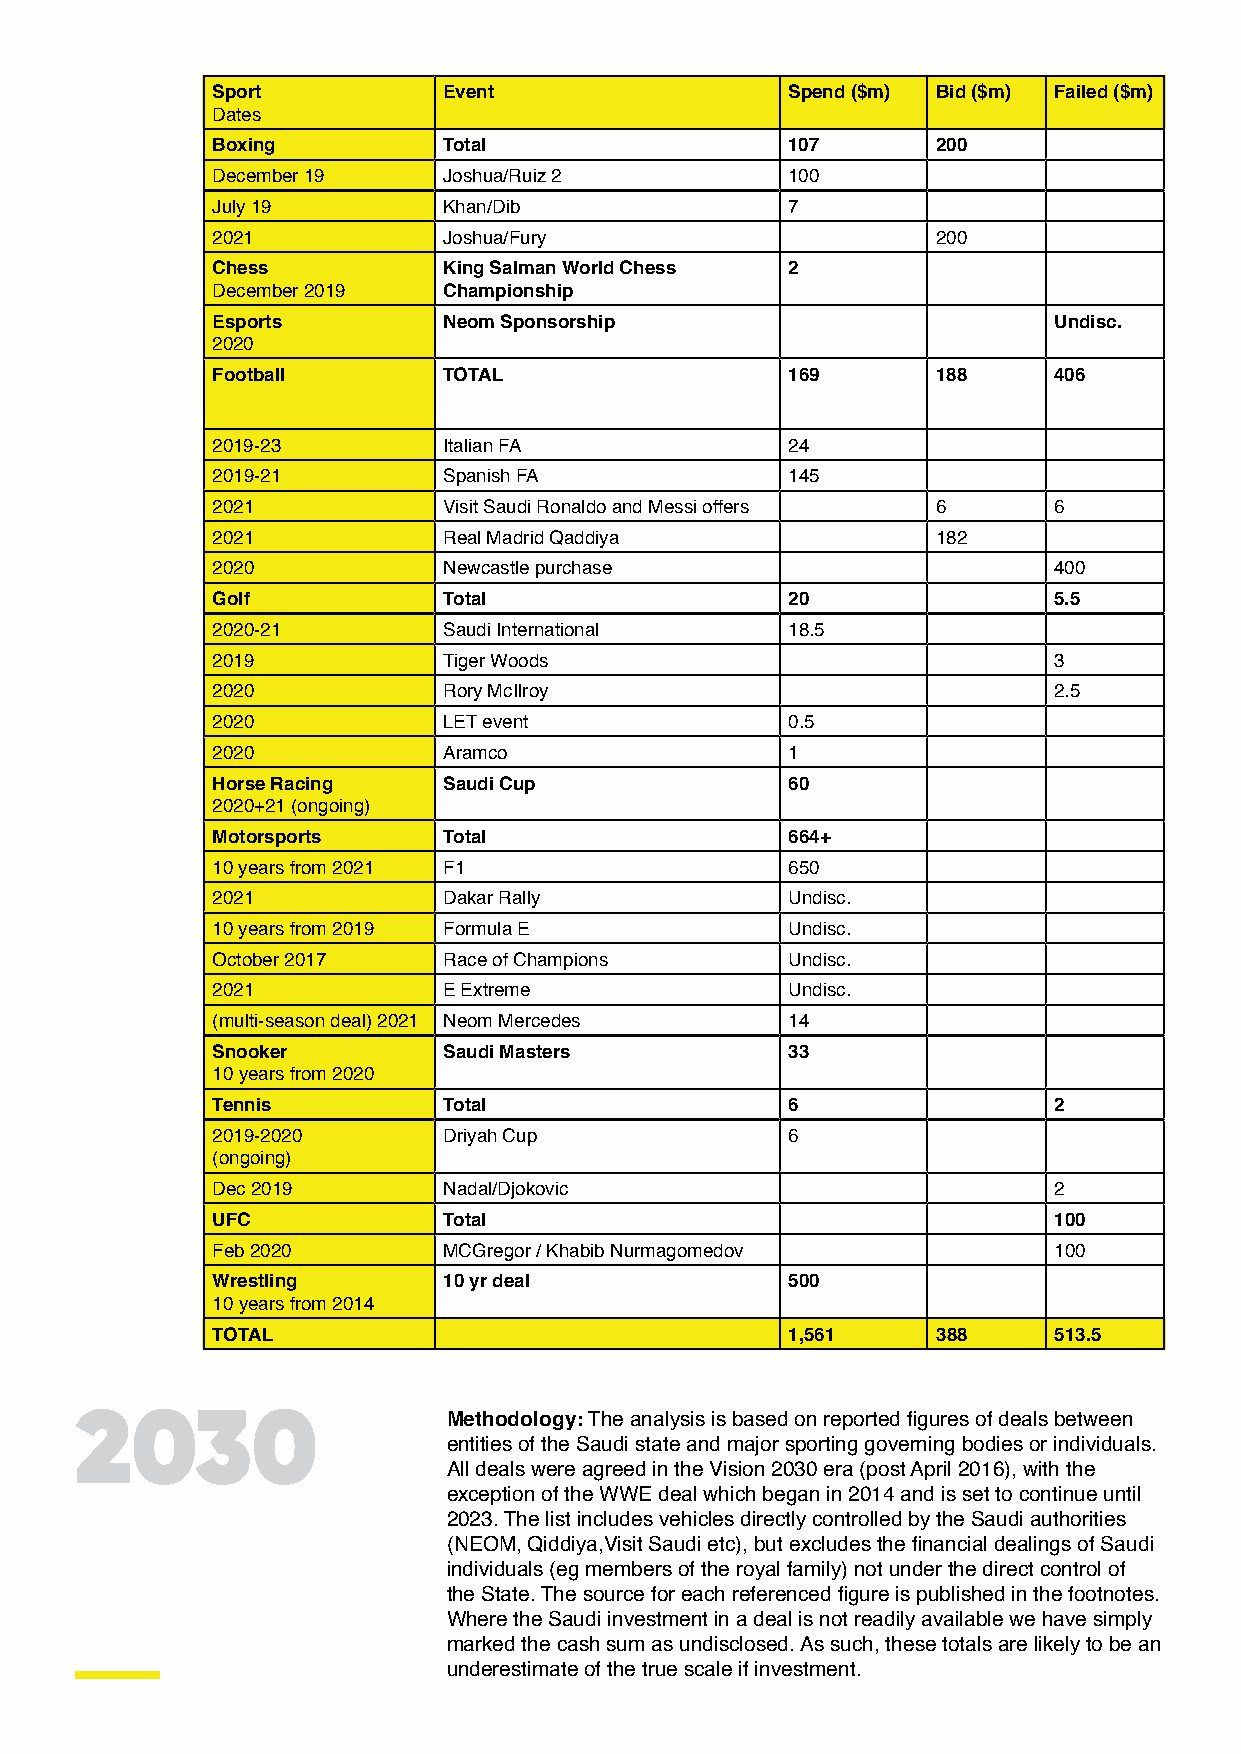
Sport          Event                  Spend ($m) Bid ($m) Failed ($m)
 Dates
 Boxing         Total                  107       200
 December 19    Joshua/Ruiz 2          100
 July 19        Khan/Dib               7
 2021           Joshua/Fury                      200
 Chess          King Salman World Chess 2
 December 2019  Championship
 Esports        Neom Sponsorship                         Undisc.
 2020
 Football       TOTAL                  169       188     406
 2019-23        Italian FA             24
 2019-21        Spanish FA             145
 2021           Visit Saudi Ronaldo and Messi offers 6   6
 2021           Real Madrid Qaddiya              182
 2020           Newcastle purchase                       400
 Golf           Total                  20                5.5
 2020-21        Saudi International    18.5
 2019           Tiger Woods                              3
 2020           Rory McIlroy                             2.5
 2020           LET event              0.5
 2020           Aramco                 1
 Horse Racing   Saudi Cup              60
 2020+21 (ongoing)
 Motorsports    Total                  664+
 10 years from 2021 F1                 650
 2021           Dakar Rally            Undisc.
 10 years from 2019 Formula E          Undisc.
 October 2017   Race of Champions      Undisc.
 2021           E Extreme              Undisc.
 (multi-season deal) 2021 Neom Mercedes 14
 Snooker        Saudi Masters          33
 10 years from 2020
 Tennis         Total                  6                 2
 2019-2020      Driyah Cup             6
 (ongoing)
 Dec 2019       Nadal/Djokovic                           2
 UFC            Total                                    100
 Feb 2020       MCGregor / Khabib Nurmagomedov           100
 Wrestling      10 yr deal             500
 10 years from 2014
 TOTAL                                 1,561     388     513.5
 2030                     Methodology: The analysis is based on reported figures of deals between
 entities of the Saudi state and major sporting governing bodies or individuals.
 All deals were agreed in the Vision 2030 era (post April 2016), with the
 exception of the WWE deal which began in 2014 and is set to continue until
 2023. The list includes vehicles directly controlled by the Saudi authorities
 (NEOM, Qiddiya,Visit Saudi etc), but excludes the financial dealings of Saudi
 individuals (eg members of the royal family) not under the direct control of
 the State. The source for each referenced figure is published in the footnotes.
 Where the Saudi investment in a deal is not readily available we have simply
 marked the cash sum as undisclosed. As such, these totals are likely to be an
 underestimate of the true scale if investment.